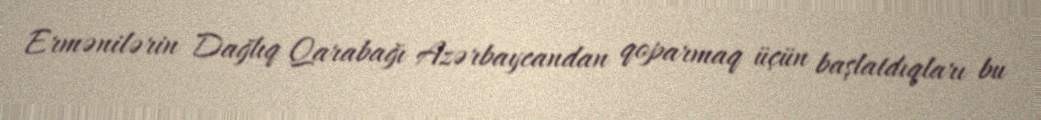
Ermənilərin Dağlıq Qarabağı Azərbaycandan qoparmaq üçün başlatdıqları bu